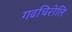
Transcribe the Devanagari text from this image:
गढचिरोलि